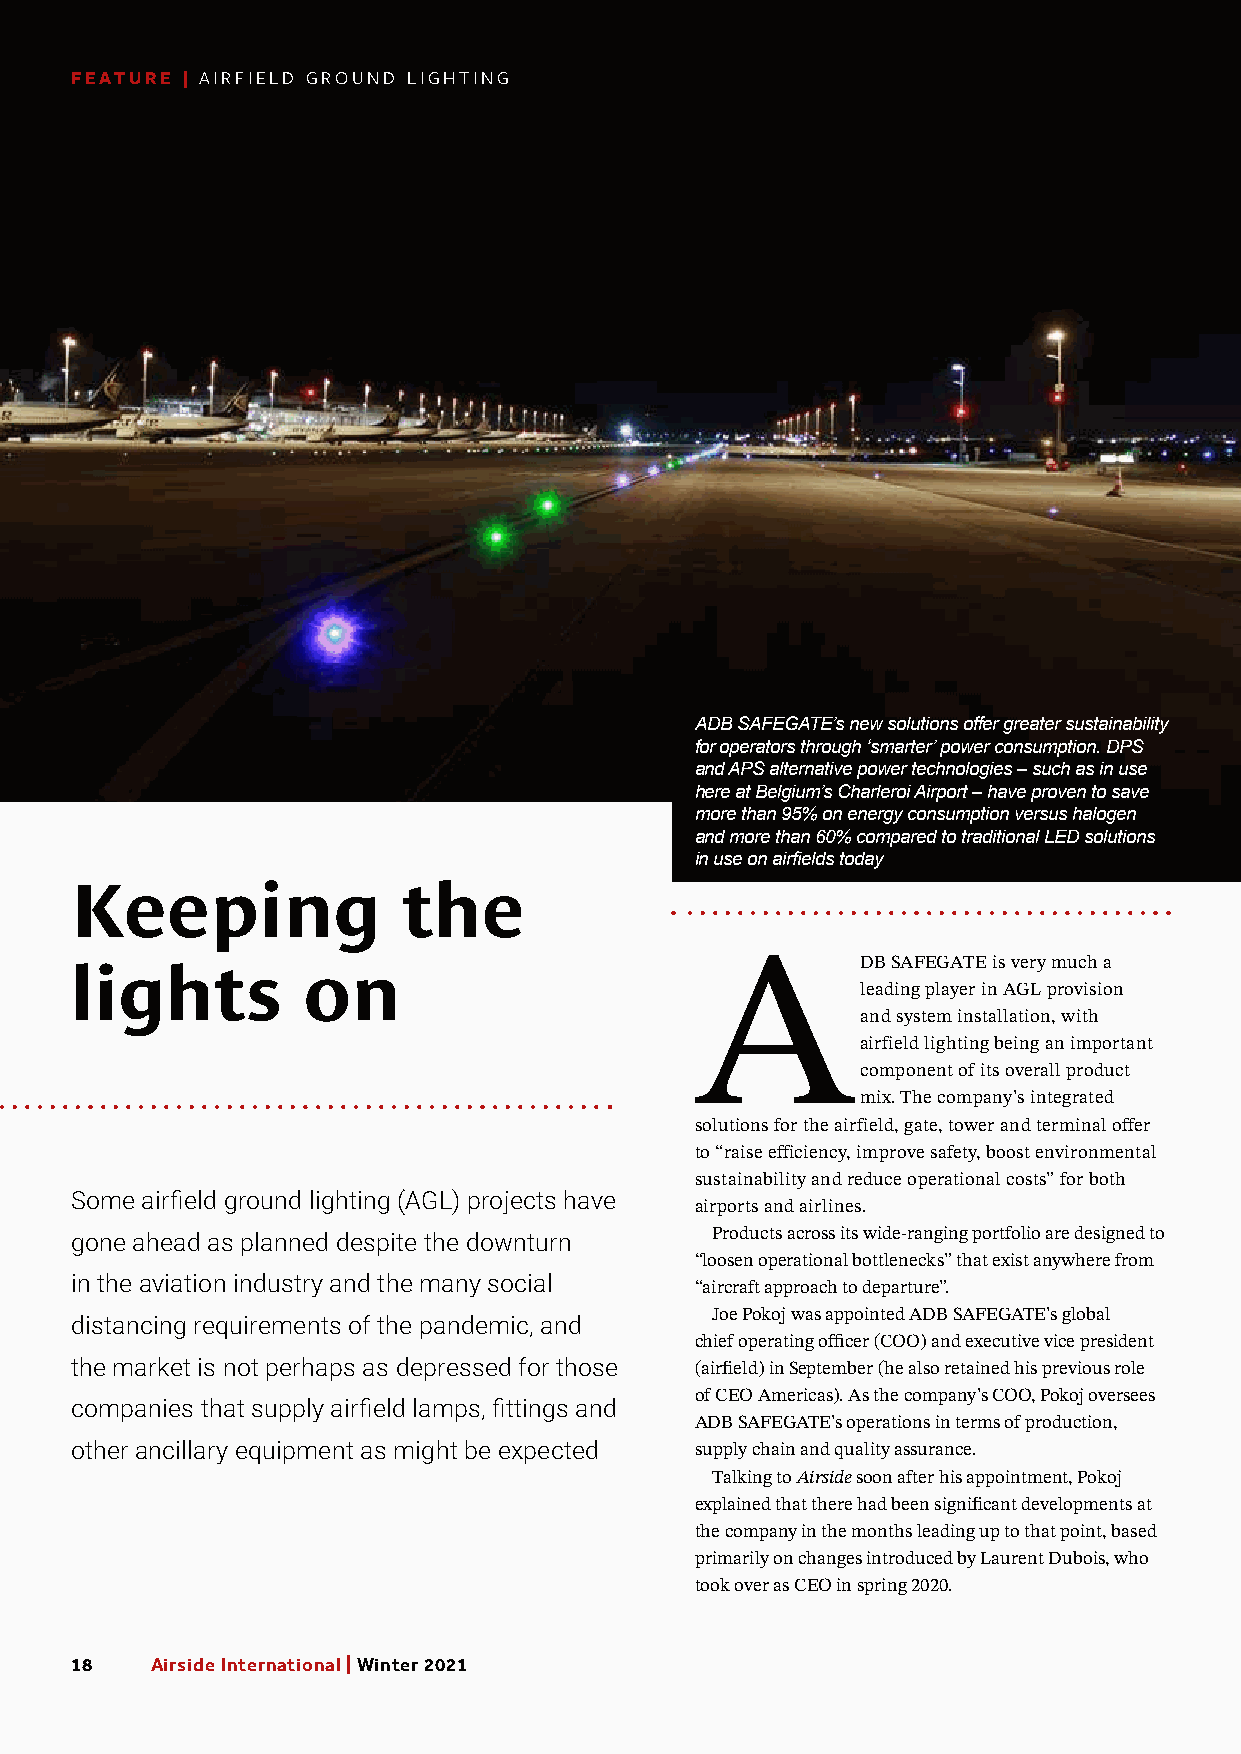
FEATURE | AIRFIELD GROUND LIGHTING
 ADB SAFEGATE’s new solutions offer greater sustainability
 for operators through ‘smarter’ power consumption. DPS
 and APS alternative power technologies – such as in use
 here at Belgium’s Charleroi Airport – have proven to save
 more than 95% on energy consumption versus halogen
 and more than 6W0%ar wcoicmk pBarraeddy ,t oS twraisdsiptioornt aplr eLsEidDe nsto aluntdio CnsE O
 in use on airfields today
 Keeping               the
 lights         on                        ADB          SAFEGATE is very much a
 leading player in AGL provision
 and system installation, with
 airfield lighting being an important
 component of its overall product
 mix. The company’s integrated
 solutions for the airfield, gate, tower and terminal offer
 to “raise efficiency, improve safety, boost environmental
 sustainability and reduce operational costs” for both
 Some airfield ground lighting (AGL) projects have
 airports and airlines.
 gone ahead as planned despite the downturn Products across its wide-ranging portfolio are designed to
 “loosen operational bottlenecks” that exist anywhere from
 in the aviation industry and the many social
 “aircraft approach to departure”.
 Joe Pokoj was appointed ADB SAFEGATE’s global
 distancing requirements of the pandemic, and
 chief operating officer (COO) and executive vice president
 the market is not perhaps as depressed for those (airfield) in September (he also retained his previous role
 of CEO Americas). As the company’s COO, Pokoj oversees
 companies that supply airfield lamps, fittings and
 ADB SAFEGATE’s operations in terms of production,
 other ancillary equipment as might be expected supply chain and quality assurance.
 Talking to Airside soon after his appointment, Pokoj
 explained that there had been significant developments at
 the company in the months leading up to that point, based
 primarily on changes introduced by Laurent Dubois, who
 took over as CEO in spring 2020.
 18   Airside International | Winter 2021